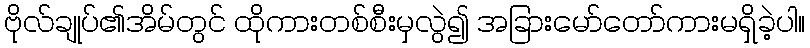
ဗိုလ်ချုပ်၏အိမ်တွင် ထိုကားတစ်စီးမှလွဲ၍ အခြားမော်တော်ကားမရှိခဲ့ပါ။